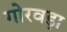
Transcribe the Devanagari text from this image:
गोरवड़ा